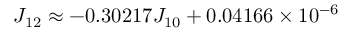
J _ { 1 2 } \approx - 0 . 3 0 2 1 7 J _ { 1 0 } + 0 . 0 4 1 6 6 \times 1 0 ^ { - 6 }